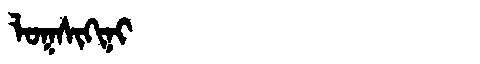
Manchu: ᠯᠣᡴᠰᡳᡴᡳᠨᡳ
Romanization: LOKSIKINI